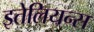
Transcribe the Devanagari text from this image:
इतेलियन्स